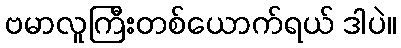
ဗမာလူကြီးတစ်ယောက်ရယ် ဒါပဲ။